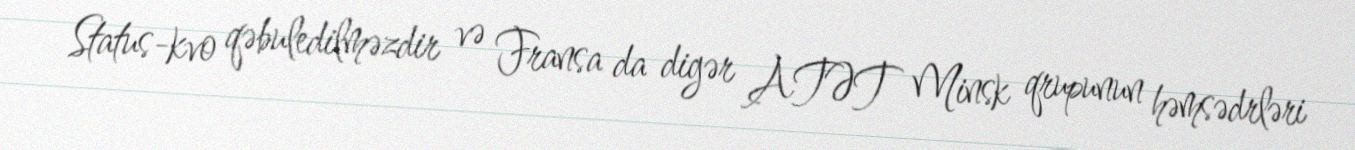
Status-kvo qəbuledilməzdir və Fransa da digər ATƏT Minsk qrupunun həmsədrləri